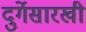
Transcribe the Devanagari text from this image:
दुर्गेसारखी